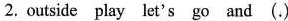
2. outside play let's go and (.)